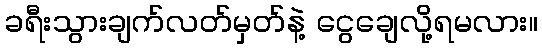
ခရီးသွားချက်လတ်မှတ်နဲ့ ငွေချေလို့ရမလား။